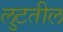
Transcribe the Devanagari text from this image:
लुटतील